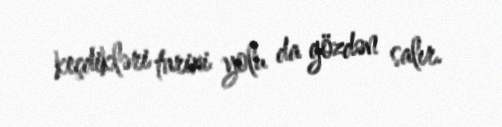
keçdikləri tarixi yolu da gözdən salır.